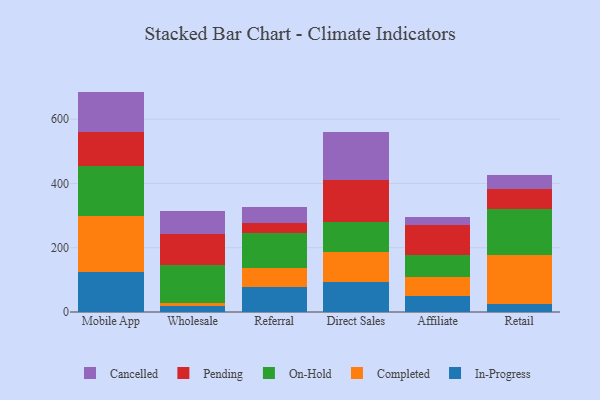
{"axis": {"x": "Channel", "y": "Tickets Resolved"}, "legend": ["Cancelled", "Completed", "In-Progress", "On-Hold", "Pending"], "data": [{"x": "Mobile App", "y": 124.0, "type": "In-Progress"}, {"x": "Mobile App", "y": 174.8, "type": "Completed"}, {"x": "Mobile App", "y": 155.0, "type": "On-Hold"}, {"x": "Mobile App", "y": 106.0, "type": "Pending"}, {"x": "Mobile App", "y": 126.2, "type": "Cancelled"}, {"x": "Wholesale", "y": 19.7, "type": "In-Progress"}, {"x": "Wholesale", "y": 9.3, "type": "Completed"}, {"x": "Wholesale", "y": 116.2, "type": "On-Hold"}, {"x": "Wholesale", "y": 97.7, "type": "Pending"}, {"x": "Wholesale", "y": 73.0, "type": "Cancelled"}, {"x": "Referral", "y": 76.3, "type": "In-Progress"}, {"x": "Referral", "y": 61.2, "type": "Completed"}, {"x": "Referral", "y": 107.5, "type": "On-Hold"}, {"x": "Referral", "y": 32.9, "type": "Pending"}, {"x": "Referral", "y": 47.6, "type": "Cancelled"}, {"x": "Direct Sales", "y": 92.7, "type": "In-Progress"}, {"x": "Direct Sales", "y": 93.1, "type": "Completed"}, {"x": "Direct Sales", "y": 94.9, "type": "On-Hold"}, {"x": "Direct Sales", "y": 129.0, "type": "Pending"}, {"x": "Direct Sales", "y": 150.1, "type": "Cancelled"}, {"x": "Affiliate", "y": 49.6, "type": "In-Progress"}, {"x": "Affiliate", "y": 60.7, "type": "Completed"}, {"x": "Affiliate", "y": 68.0, "type": "On-Hold"}, {"x": "Affiliate", "y": 92.6, "type": "Pending"}, {"x": "Affiliate", "y": 24.2, "type": "Cancelled"}, {"x": "Retail", "y": 23.4, "type": "In-Progress"}, {"x": "Retail", "y": 154.9, "type": "Completed"}, {"x": "Retail", "y": 143.5, "type": "On-Hold"}, {"x": "Retail", "y": 62.1, "type": "Pending"}, {"x": "Retail", "y": 42.7, "type": "Cancelled"}]}